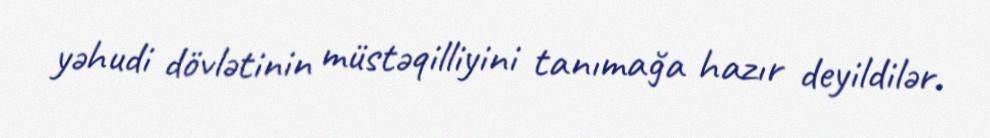
yəhudi dövlətinin müstəqilliyini tanımağa hazır deyildilər.